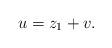
LaTeX: \begin{align*}u = z_1 + v.\end{align*}